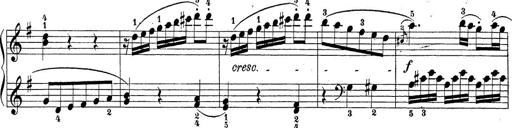
Title: Sonatina Album
Composer: Louis KÃ¶hler